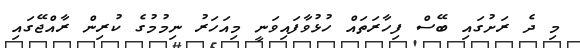
މި ދެ ރަށުގައި ބޭސް ފިހާރަތައް ހުޅުވާފައިވަނީ މިއަހަރު ނިމުމުގެ ކުރިން ރާއްޖޭގައި